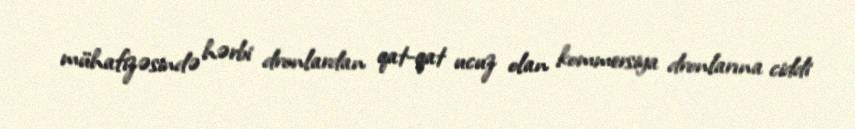
mühafizəsində hərbi dronlardan qat-qat ucuz olan kommersiya dronlarına ciddi